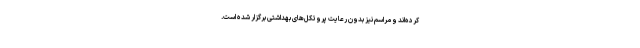
کرده‌اند و مراسم نیز بدون رعایت پروتکل‌های بهداشتی برگزار شده است.